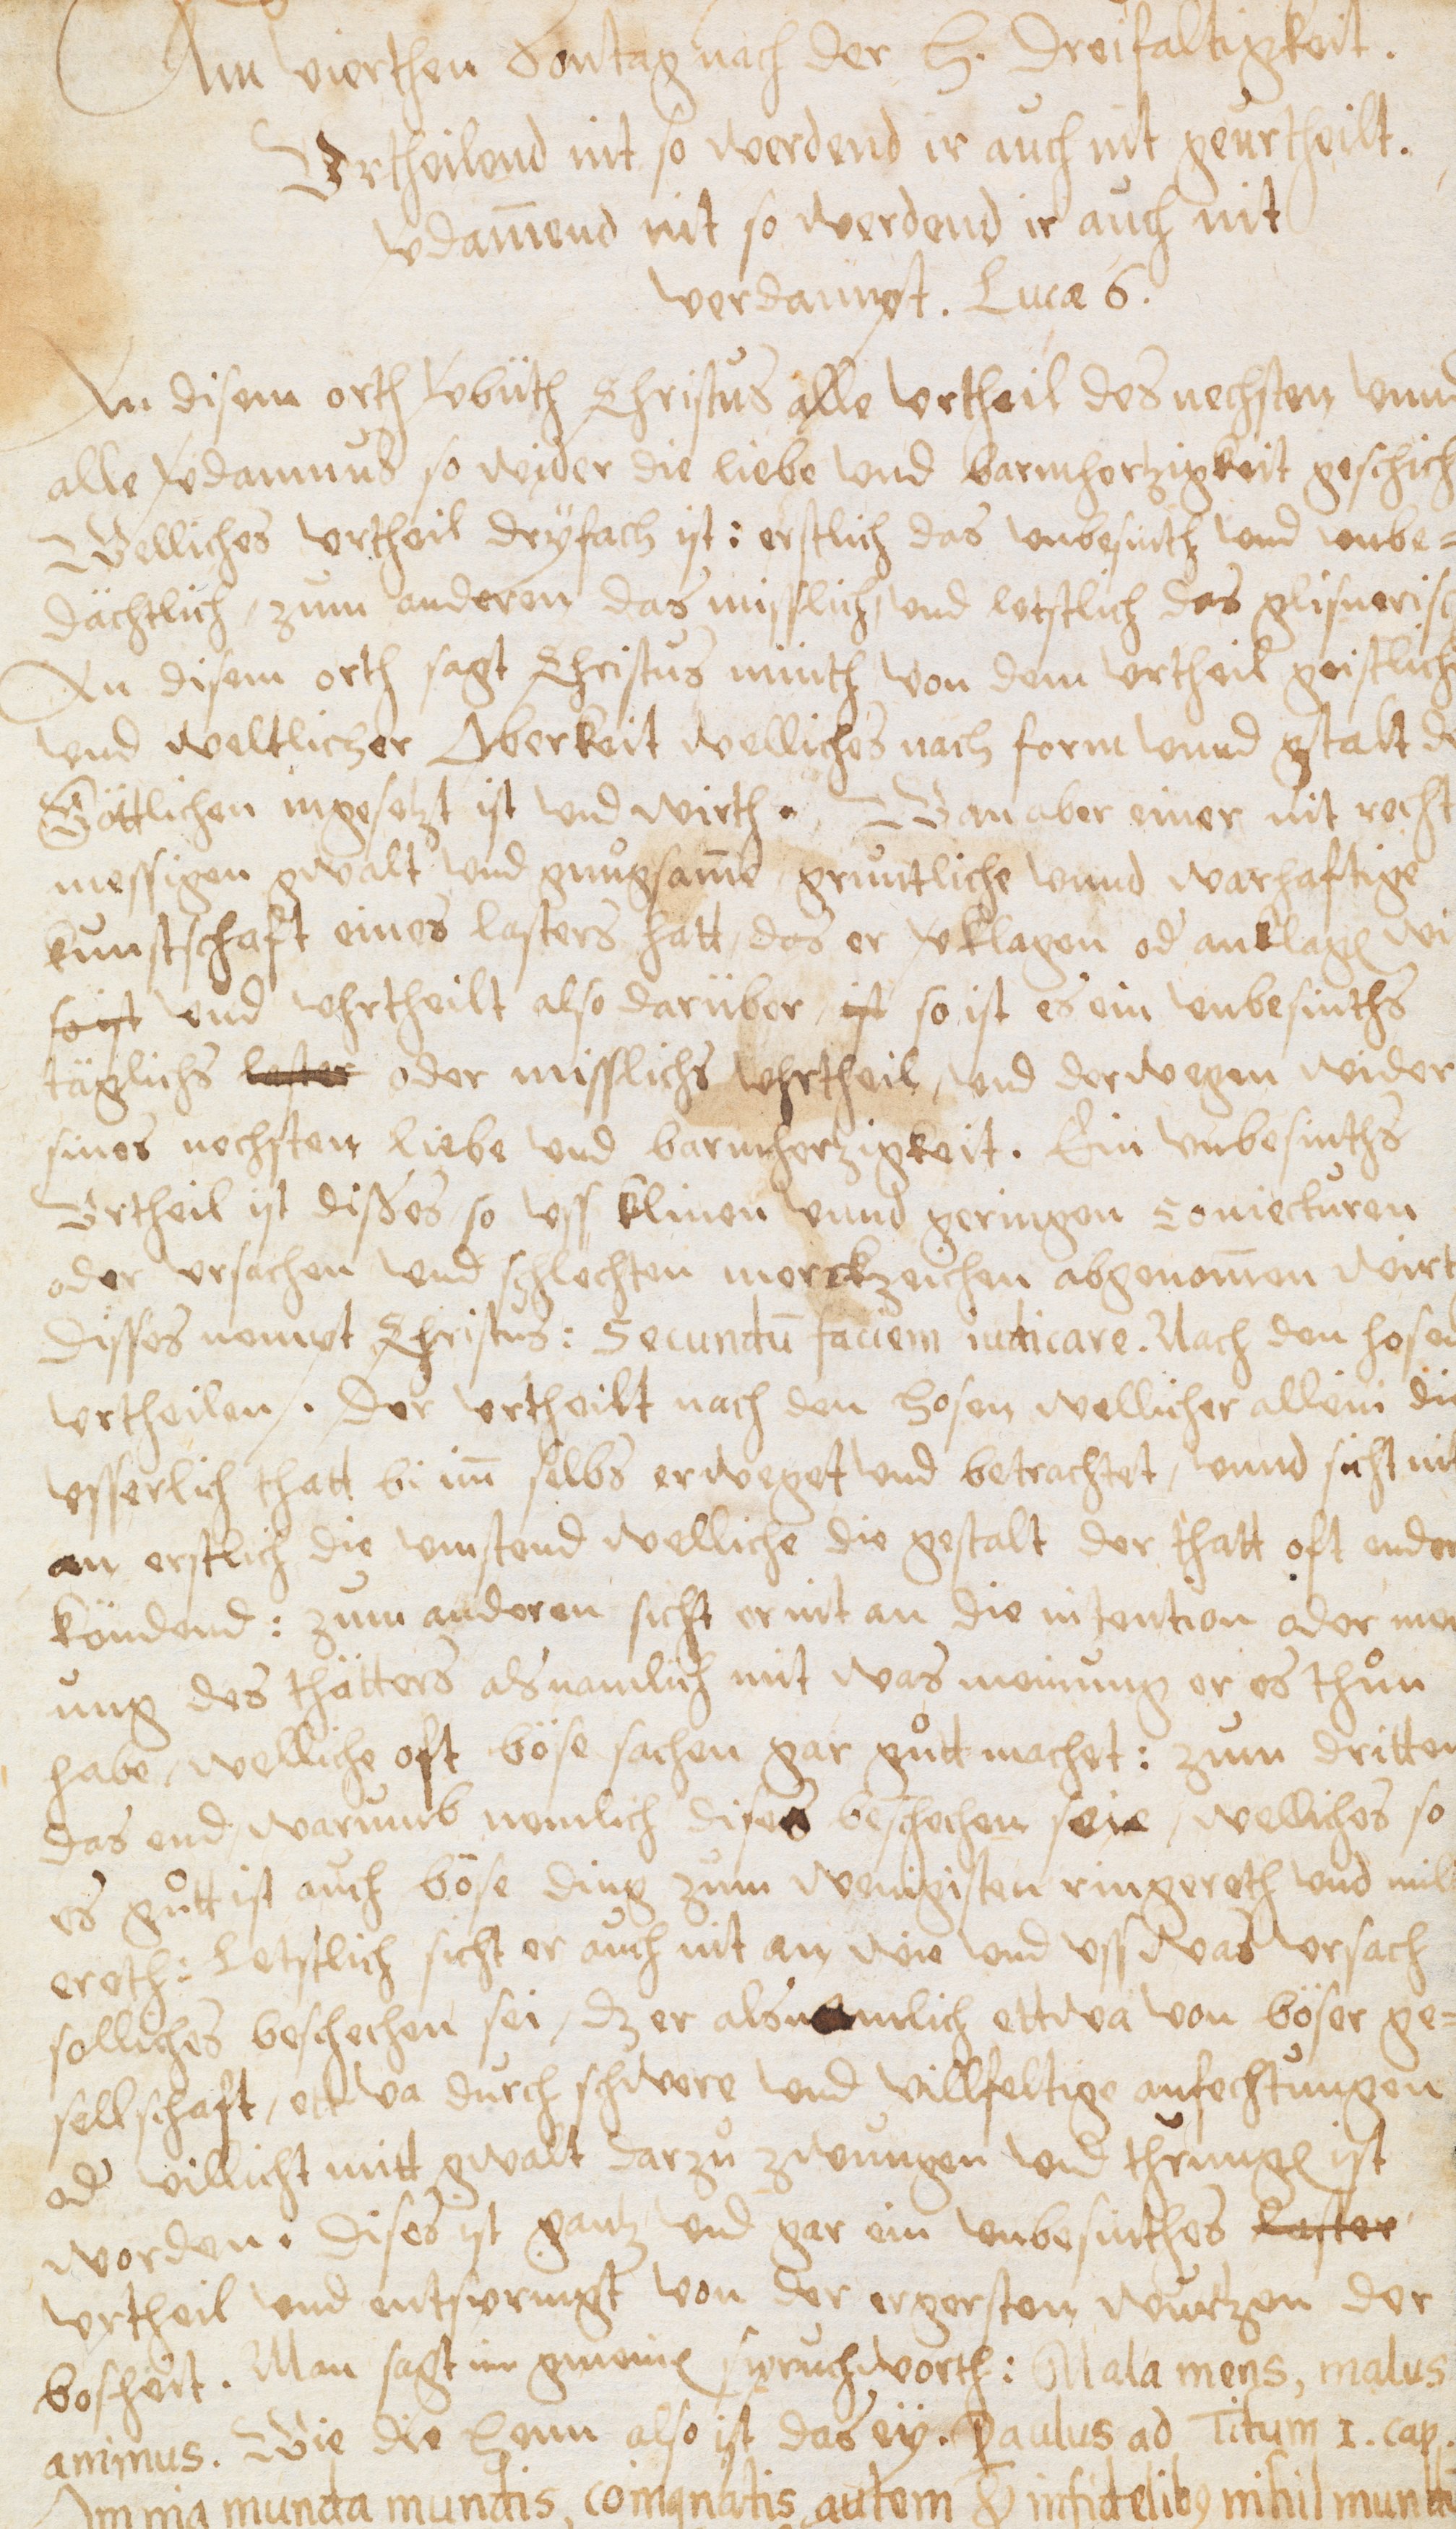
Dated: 1450–1499